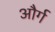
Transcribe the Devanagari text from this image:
और्ग